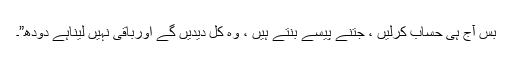
بس آج ہی حساب کرلیں ، جتنے پیسے بنتے ہیں ، وہ کل دیدیں گے اورباقی نہیں لیناہے دودھ”۔